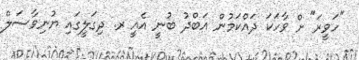
"ހަވީރަ" ށް ވާހަކަ ދައްކަމުން އަބްދު ބުނީ އެއީ ރ. ދިގަލީގައި ޔުނިވާސަލް